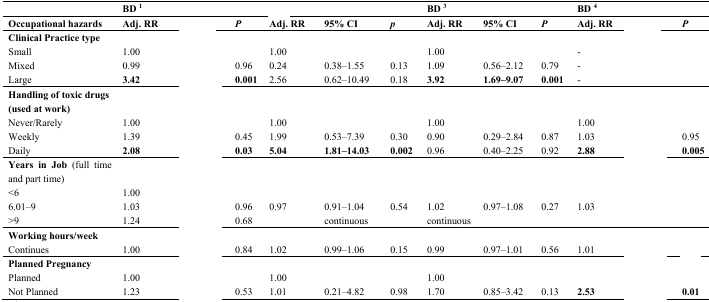
<table><thead><tr><td>[EMPTY_CELL]</td><td><b>BD <sup>1</sup></b></td><td>[EMPTY_CELL]</td><td>[EMPTY_CELL]</td><td>[EMPTY_CELL]</td><td>[EMPTY_CELL]</td><td>[EMPTY_CELL]</td><td><b>BD <sup>3</sup></b></td><td>[EMPTY_CELL]</td><td>[EMPTY_CELL]</td><td><b>BD <sup>4</sup></b></td><td>[EMPTY_CELL]</td><td>[EMPTY_CELL]</td></tr></thead><tbody><tr><td><b>Occupational hazards</b></td><td><b>Adj. RR</b></td><td>[EMPTY_CELL]</td><td><b><i>P</i></b></td><td><b>Adj. RR</b></td><td><b>95% CI</b></td><td><b><i>p</i></b></td><td><b>Adj. RR</b></td><td><b>95% CI</b></td><td><b><i>P</i></b></td><td><b>Adj. RR</b></td><td>[EMPTY_CELL]</td><td><b><i>P</i></b></td></tr><tr><td><b>Clinical Practice type</b></td><td>[EMPTY_CELL]</td><td>[EMPTY_CELL]</td><td>[EMPTY_CELL]</td><td>[EMPTY_CELL]</td><td>[EMPTY_CELL]</td><td>[EMPTY_CELL]</td><td>[EMPTY_CELL]</td><td>[EMPTY_CELL]</td><td>[EMPTY_CELL]</td><td>[EMPTY_CELL]</td><td>[EMPTY_CELL]</td><td>[EMPTY_CELL]</td></tr><tr><td>Small</td><td>1.00</td><td>[EMPTY_CELL]</td><td>[EMPTY_CELL]</td><td>1.00</td><td>[EMPTY_CELL]</td><td>[EMPTY_CELL]</td><td>1.00</td><td>[EMPTY_CELL]</td><td>[EMPTY_CELL]</td><td>-</td><td>[EMPTY_CELL]</td><td>[EMPTY_CELL]</td></tr><tr><td>Mixed</td><td>0.99</td><td>[EMPTY_CELL]</td><td>0.96</td><td>0.24</td><td>0.38–1.55</td><td>0.13</td><td>1.09</td><td>0.56–2.12</td><td>0.79</td><td>-</td><td>[EMPTY_CELL]</td><td>[EMPTY_CELL]</td></tr><tr><td>Large</td><td><b>3.42</b></td><td>[EMPTY_CELL]</td><td><b>0.001</b></td><td>2.56</td><td>0.62–10.49</td><td>0.18</td><td><b>3.92</b></td><td><b>1.69–9.07</b></td><td><b>0.001</b></td><td>-</td><td>[EMPTY_CELL]</td><td>[EMPTY_CELL]</td></tr><tr><td><b>Handling of toxic drugs</b></td><td>[EMPTY_CELL]</td><td>[EMPTY_CELL]</td><td>[EMPTY_CELL]</td><td>[EMPTY_CELL]</td><td>[EMPTY_CELL]</td><td>[EMPTY_CELL]</td><td>[EMPTY_CELL]</td><td>[EMPTY_CELL]</td><td>[EMPTY_CELL]</td><td>[EMPTY_CELL]</td><td>[EMPTY_CELL]</td><td>[EMPTY_CELL]</td></tr><tr><td><b>(used at work)</b></td><td>[EMPTY_CELL]</td><td>[EMPTY_CELL]</td><td>[EMPTY_CELL]</td><td>[EMPTY_CELL]</td><td>[EMPTY_CELL]</td><td>[EMPTY_CELL]</td><td>[EMPTY_CELL]</td><td>[EMPTY_CELL]</td><td>[EMPTY_CELL]</td><td>[EMPTY_CELL]</td><td>[EMPTY_CELL]</td><td>[EMPTY_CELL]</td></tr><tr><td>Never/Rarely</td><td>1.00</td><td>[EMPTY_CELL]</td><td>[EMPTY_CELL]</td><td>1.00</td><td>[EMPTY_CELL]</td><td>[EMPTY_CELL]</td><td>1.00</td><td>[EMPTY_CELL]</td><td>[EMPTY_CELL]</td><td>1.00</td><td>[EMPTY_CELL]</td><td>[EMPTY_CELL]</td></tr><tr><td>Weekly</td><td>1.39</td><td>[EMPTY_CELL]</td><td>0.45</td><td>1.99</td><td>0.53–7.39</td><td>0.30</td><td>0.90</td><td>0.29–2.84</td><td>0.87</td><td>1.03</td><td>[EMPTY_CELL]</td><td>0.95</td></tr><tr><td>Daily</td><td><b>2.08</b></td><td>[EMPTY_CELL]</td><td><b>0.03</b></td><td><b>5.04</b></td><td><b>1.81–14.03</b></td><td><b>0.002</b></td><td>0.96</td><td>0.40–2.25</td><td>0.92</td><td><b>2.88</b></td><td>[EMPTY_CELL]</td><td><b>0.005</b></td></tr><tr><td><b>Years in Job</b> (full time and part time)</td><td>[EMPTY_CELL]</td><td>[EMPTY_CELL]</td><td>[EMPTY_CELL]</td><td>[EMPTY_CELL]</td><td>[EMPTY_CELL]</td><td>[EMPTY_CELL]</td><td>[EMPTY_CELL]</td><td>[EMPTY_CELL]</td><td>[EMPTY_CELL]</td><td>[EMPTY_CELL]</td><td>[EMPTY_CELL]</td><td>[EMPTY_CELL]</td></tr><tr><td>&lt;6</td><td>1.00</td><td>[EMPTY_CELL]</td><td>[EMPTY_CELL]</td><td>[EMPTY_CELL]</td><td>[EMPTY_CELL]</td><td>[EMPTY_CELL]</td><td>[EMPTY_CELL]</td><td>[EMPTY_CELL]</td><td>[EMPTY_CELL]</td><td>[EMPTY_CELL]</td><td>[EMPTY_CELL]</td><td>[EMPTY_CELL]</td></tr><tr><td>6.01–9</td><td>1.03</td><td>[EMPTY_CELL]</td><td>0.96</td><td>0.97</td><td>0.91–1.04</td><td>0.54</td><td>1.02</td><td>0.97–1.08</td><td>0.27</td><td>1.03</td><td>[EMPTY_CELL]</td><td>[EMPTY_CELL]</td></tr><tr><td>&gt;9</td><td>1.24</td><td>[EMPTY_CELL]</td><td>0.68</td><td>[EMPTY_CELL]</td><td>continuous</td><td>[EMPTY_CELL]</td><td>continuous</td><td>[EMPTY_CELL]</td><td>[EMPTY_CELL]</td><td>[EMPTY_CELL]</td><td>[EMPTY_CELL]</td><td>[EMPTY_CELL]</td></tr><tr><td><b>Working hours/week</b></td><td>[EMPTY_CELL]</td><td>[EMPTY_CELL]</td><td>[EMPTY_CELL]</td><td>[EMPTY_CELL]</td><td>[EMPTY_CELL]</td><td>[EMPTY_CELL]</td><td>[EMPTY_CELL]</td><td>[EMPTY_CELL]</td><td>[EMPTY_CELL]</td><td>[EMPTY_CELL]</td><td>[EMPTY_CELL]</td><td>[EMPTY_CELL]</td></tr><tr><td>Continues</td><td>1.00</td><td>[EMPTY_CELL]</td><td>0.84</td><td>1.02</td><td>0.99–1.06</td><td>0.15</td><td>0.99</td><td>0.97–1.01</td><td>0.56</td><td>1.01</td><td>[EMPTY_CELL]</td><td>[EMPTY_CELL]</td></tr><tr><td><b>Planned Pregnancy</b></td><td>[EMPTY_CELL]</td><td>[EMPTY_CELL]</td><td>[EMPTY_CELL]</td><td>[EMPTY_CELL]</td><td>[EMPTY_CELL]</td><td>[EMPTY_CELL]</td><td>[EMPTY_CELL]</td><td>[EMPTY_CELL]</td><td>[EMPTY_CELL]</td><td>[EMPTY_CELL]</td><td>[EMPTY_CELL]</td><td>[EMPTY_CELL]</td></tr><tr><td>Planned</td><td>1.00</td><td>[EMPTY_CELL]</td><td>[EMPTY_CELL]</td><td>1.00</td><td>[EMPTY_CELL]</td><td>[EMPTY_CELL]</td><td>1.00</td><td>[EMPTY_CELL]</td><td>[EMPTY_CELL]</td><td>[EMPTY_CELL]</td><td>[EMPTY_CELL]</td><td>[EMPTY_CELL]</td></tr><tr><td>Not Planned</td><td>1.23</td><td>[EMPTY_CELL]</td><td>0.53</td><td>1.01</td><td>0.21–4.82</td><td>0.98</td><td>1.70</td><td>0.85–3.42</td><td>0.13</td><td><b>2.53</b></td><td>[EMPTY_CELL]</td><td><b>0.01</b></td></tr></tbody></table>